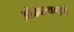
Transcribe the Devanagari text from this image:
ओढवल्यामुळे